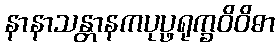
နာနာသန္တာနကပုပ္ဖရုက္ခဝိဝိဓာ